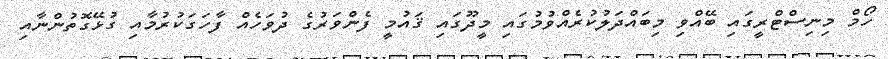
ހޯމް މިނިސްޓްރީގައި ބޭއްވި މިބައްދަލުކުރެއްވުމުގައި މީދޫގައި ޤައުމީ ފެންވަރުގެ ދުވަހެއް ފާހަގަކުރުމާއި ގުޅޭގޮތުންނާއި